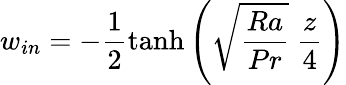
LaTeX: w_{in}=-\frac{1}{2}\operatorname{tanh}{\left(\sqrt{\frac{Ra}{Pr}}\ \frac{z}{4}\right)}